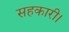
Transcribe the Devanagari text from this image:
सहकारी।